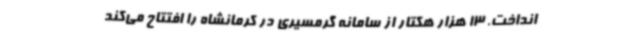
انداخت. 13 هزار هکتار از سامانه گرمسیری در کرمانشاه را افتتاح می‌کند